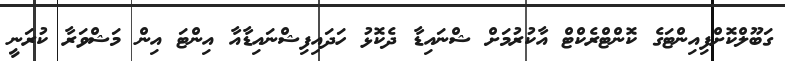
ގަބޫލްކޮށްފިއިންޓަގެ ކޮންޓްރެކްޓް އާކުރުމަށް ޝްނައިޑާ ދެކޮޅު ހަދައިފިޝްނައިޑާއާ އިންޓަ އިން މަޝްވަރާ ކުރަނީ